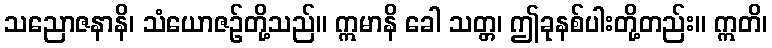
သညောဇနာနိ၊ သံယောဇဉ်တို့သည်။ ဣမာနိ ခေါ သတ္တ၊ ဤခုနစ်ပါးတို့တည်း။ ဣတိ၊